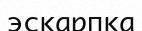
эскарпка